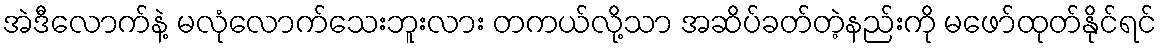
အဲဒီလောက်နဲ့ မလုံလောက်သေးဘူးလား တကယ်လို့သာ အဆိပ်ခတ်တဲ့နည်းကို မဖော်ထုတ်နိုင်ရင်